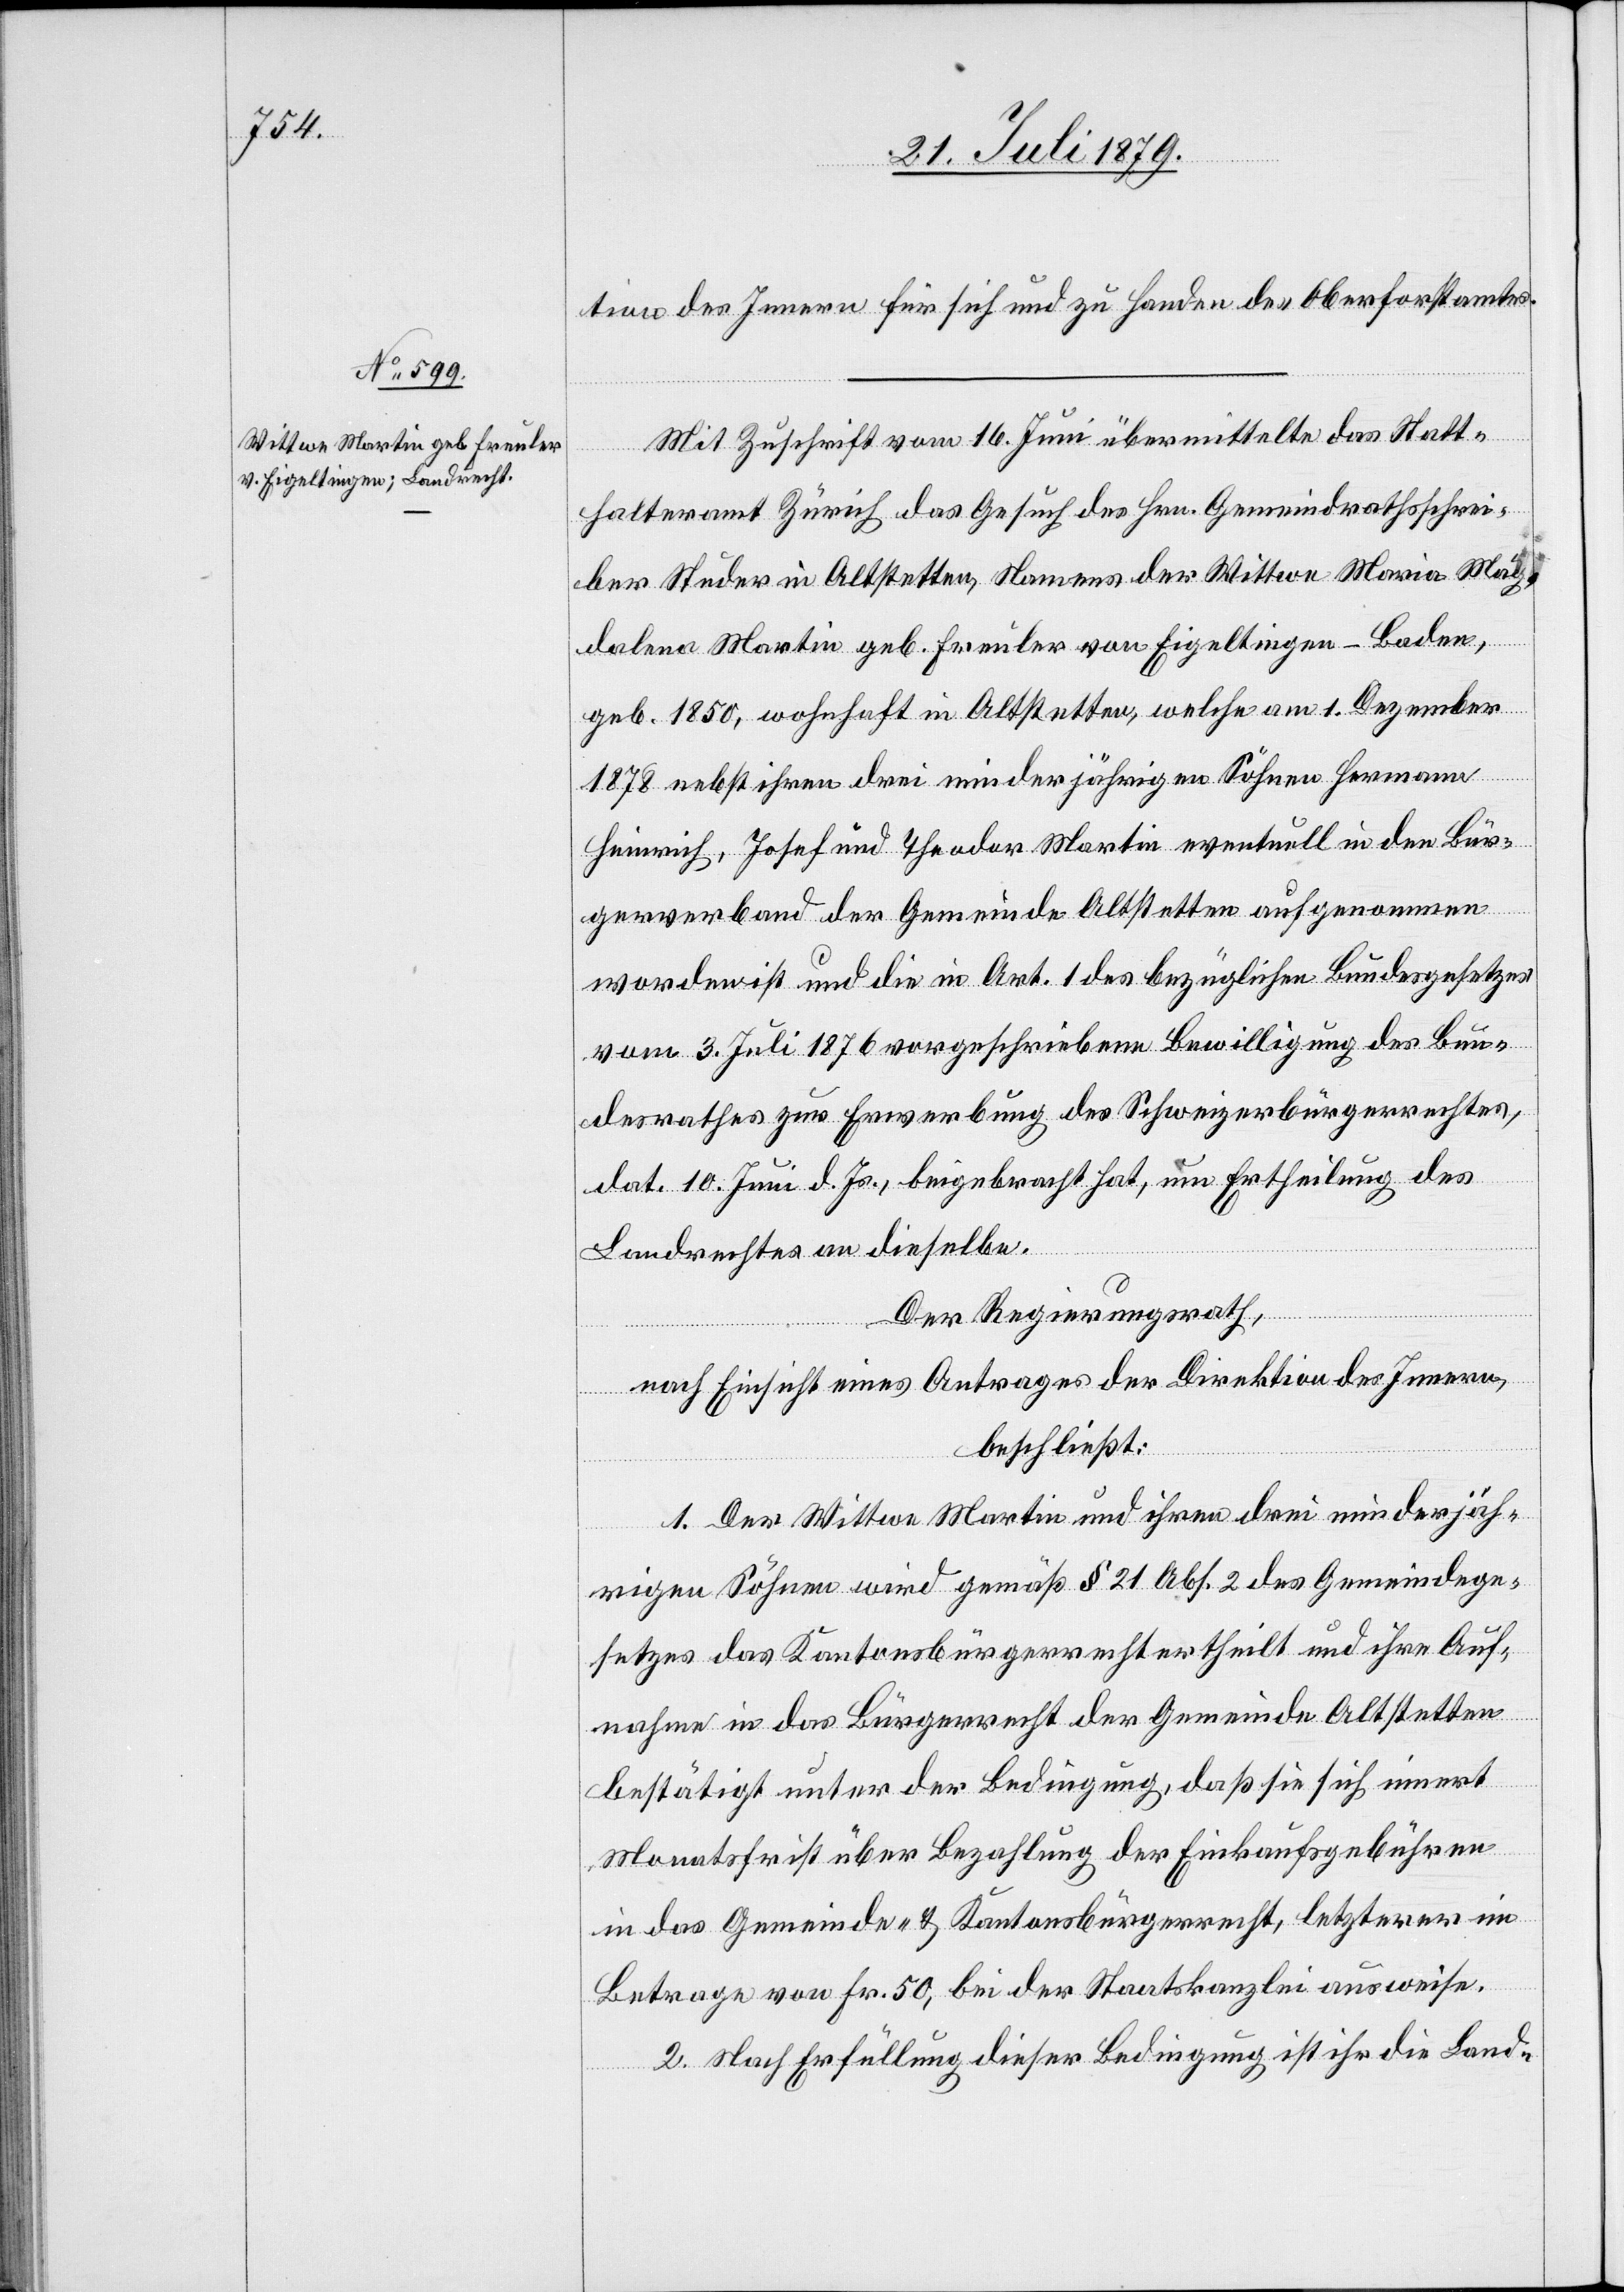
tion des Innern für sich und zu Handen des Oberforstamtes.
Mit Zuschrift vom 16. Juni übermittelte das Statt¬
halteramt Zürich das Gesuch des Hrn. Gemeindrathsschrei¬
ber Studer in Altstetten, Namens der Wittwe Maria Mag¬
dalena Martin geb. Freuler von Eigeltingen - Baden,
geb. 1850, wohnhaft in Altstetten, welche am 1. Dezember
1878 nebst ihren drei minderjährigen Söhnen Hermann
Heinrich, Josef und Theodor Martin eventuell in den Bür¬
gerverband der Gemeinde Altstetten aufgenommen
worden ist und die in Art. 1 des bezüglichen Bundesgesetzes
vom 3. Juli 1876 vorgeschriebene Bewilligung des Bun¬
desrathes zur Erwerbung des Schweizerbürgerrechtes,
dat. 10. Juni d. Js., beigebracht hat, um Ertheilung des
Landrechtes an dieselbe.
Der Regierungsrath,
nach Einsicht eines Antrages der Direktion des Innern,
beschließt:
1. Der Wittwe Martin und ihren drei minderjäh¬
rigen Söhnen wird gemäß § 21 Abs. 2 des Gemeindege¬
setzes das Kantonsbürgerrecht ertheilt und ihre Auf¬
nahme in das Bürgerrecht der Gemeinde Altstetten
bestätigt unter der Bedingung, daß sie sich innert
Monatsfrist über Bezahlung der Einkaufsgebühren
in das Gemeinde- & Kantonsbürgerrecht, letzterer im
Betrage von Fr. 50, bei der Staatskanzlei ausweise.
2. Nach Erfüllung dieser Bedingung ist ihr die Land-